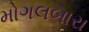
મોગલબારા